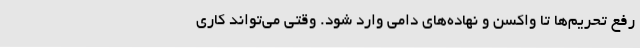
رفع تحریم‌ها تا واکسن و نهاده‌های دامی وارد شود. وقتی می‌تواند کاری